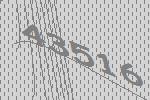
43516